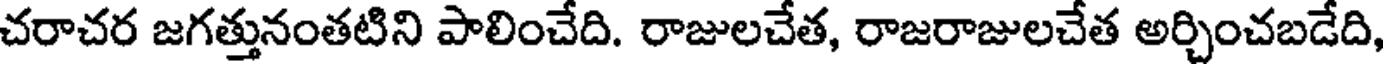
చరాచర జగత్తునంతటిని పాలించేది. రాజులచేత, రాజరాజులచేత అర్చించబడేది,